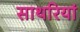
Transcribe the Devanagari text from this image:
साथरियां